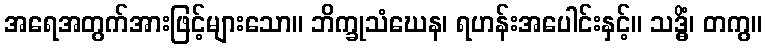
အရေအတွက်အားဖြင့်များသော။ ဘိက္ခုသံဃေန၊ ရဟန်းအပေါင်းနှင့်။ သဒ္ဓိံ၊ တကွ။